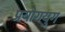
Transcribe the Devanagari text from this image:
प्रयोगयुग